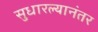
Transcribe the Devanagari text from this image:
सुधारल्यानंतर